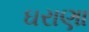
ઘરાણા